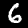
Digit: 6